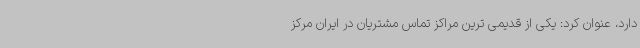
دارد، عنوان کرد: یکی از قدیمی ترین مراکز تماس مشتریان در ایران مرکز